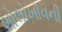
શોલોખૉવની